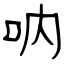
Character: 呐